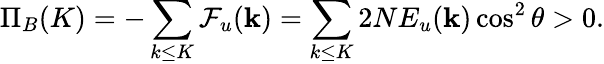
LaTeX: \Pi_{B}(K)=-\sum_{k\le K}\mathcal{F}_{u}({\mathbf k})=\sum_{k\le K}2NE_{u}({\mathbf k})\cos^{2}\theta>0.